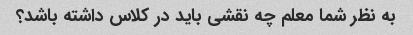
به نظر شما معلم چه نقشی باید در کلاس داشته باشد؟